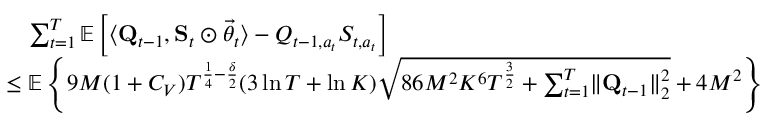
\begin{array} { r l } & { \quad \sum _ { t = 1 } ^ { T } \mathbb E \left[ \langle \mathbf Q _ { t - 1 } , \mathbf S _ { t } \odot \vec { \theta } _ { t } \rangle - Q _ { t - 1 , a _ { t } } S _ { t , a _ { t } } \right] } \\ & { \le \mathbb E \left\{ 9 M ( 1 + C _ { V } ) T ^ { \frac 1 4 - \frac \delta 2 } ( 3 \ln T + \ln K ) \sqrt { 8 6 M ^ { 2 } K ^ { 6 } T ^ { \frac 3 2 } + \sum _ { t = 1 } ^ { T } \lVert \mathbf Q _ { t - 1 } \rVert _ { 2 } ^ { 2 } } + 4 M ^ { 2 } \right\} } \end{array}